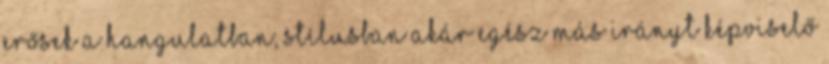
erősek a hangulatban, stílusban akár egész más irányt képviselő